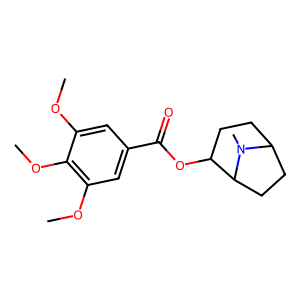
SMILES: COc1cc(C(=O)OC2CCC3CCC2N3C)cc(OC)c1OC
Inhibits HIV replication: No